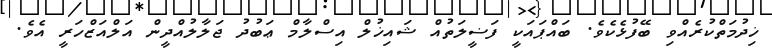
ޚިދުމަތްކުރެއްވި ބޭފުޅެކެވެ. ބައްޕައަކީ ފަޟީލަތުއް ޝައިޚުލް އިސްލާމް ޢަބުދު ޖަލާލުއްދީން އަލްއަޒްހަރީ އެވެ.